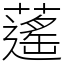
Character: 𦾾